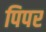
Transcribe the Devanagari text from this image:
पिपर